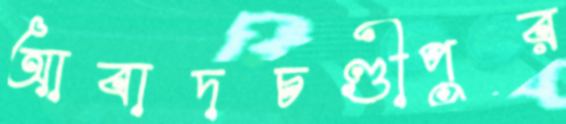
আবাদচণ্ডীপুর